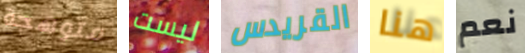
متوهجة ليست القريدس هنا نعم